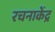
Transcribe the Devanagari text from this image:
रचनाकेंद्र